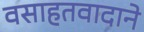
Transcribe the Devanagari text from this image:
वसाहतवादाने